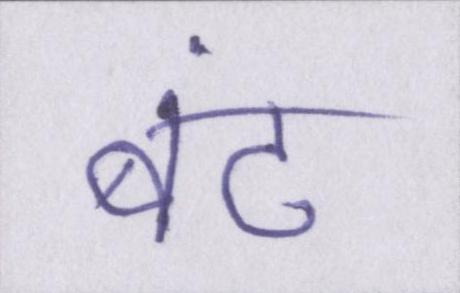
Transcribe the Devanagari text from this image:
बंट